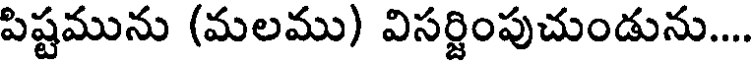
పిష్టమును (మలము) విసర్జింపుచుండును....